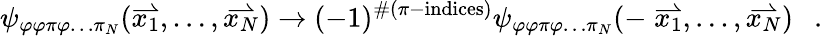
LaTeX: \psi_{\varphi\varphi\pi\varphi\ldots\pi_{N}}(\stackrel{\rightharpoonup}{x_{1}},\ldots,\stackrel{\rightharpoonup}{x_{N}})\rightarrow(-1)^{\# (\pi-\mathrm{indices})}\psi_{\varphi\varphi\pi\varphi\ldots\pi_{N}}(-\stackrel{\rightharpoonup}{x_{1}},\ldots,\stackrel{\rightharpoonup}{x_{N}})\ \ \ .